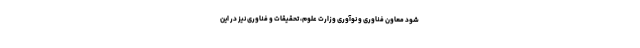
شود معاون فناوری و نوآوری وزارت علوم، تحقیقات و فناوری نیز در این